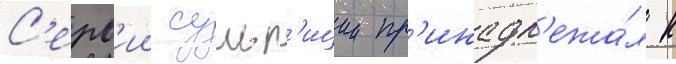
С'ерв'ии сульп'иции пр'инадл'ежа́л к